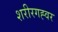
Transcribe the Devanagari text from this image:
शरीरगह्वर